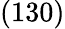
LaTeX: (130)